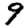
Digit: 9